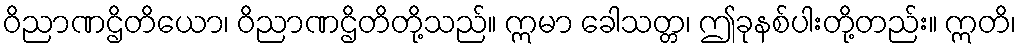
ဝိညာဏဌိတိယော၊ ဝိညာဏဌိတိတို့သည်။ ဣမာ ခေါသတ္တ၊ ဤခုနစ်ပါးတို့တည်း။ ဣတိ၊